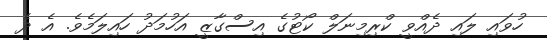
ހުވައި ލައި ދެއްވީ ކްރިމިނަލް ކޯޓުގެ އިސްގާޒީ އަހުމަދު ހައިލަމެވެ. އެ ދެ